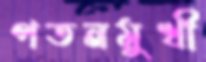
পতনমুখী